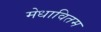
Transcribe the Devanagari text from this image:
मेधावितम